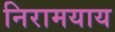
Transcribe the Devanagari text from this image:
निरामयाय